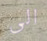
الى